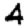
Digit: 4